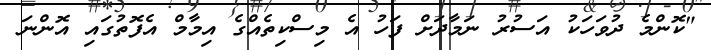
"ކޮންމެ ދުވަހަކު އަސުރު ނަމާދަށް ފަހު އެ މިސްކިތެއްގެ އިމާމް އެފޮތުގައި އޮންނަ